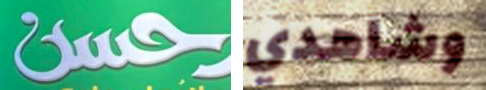
حسن وشاهدي